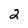
Character: 2